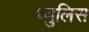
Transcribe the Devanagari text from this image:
थ्युलिस